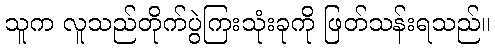
သူက လူသည်တိုက်ပွဲကြးသုံးခုကို ဖြတ်သန်းရသည်။